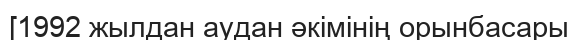
[1992 жылдан аудан әкімінің орынбасары